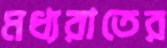
মধ্যরাতের